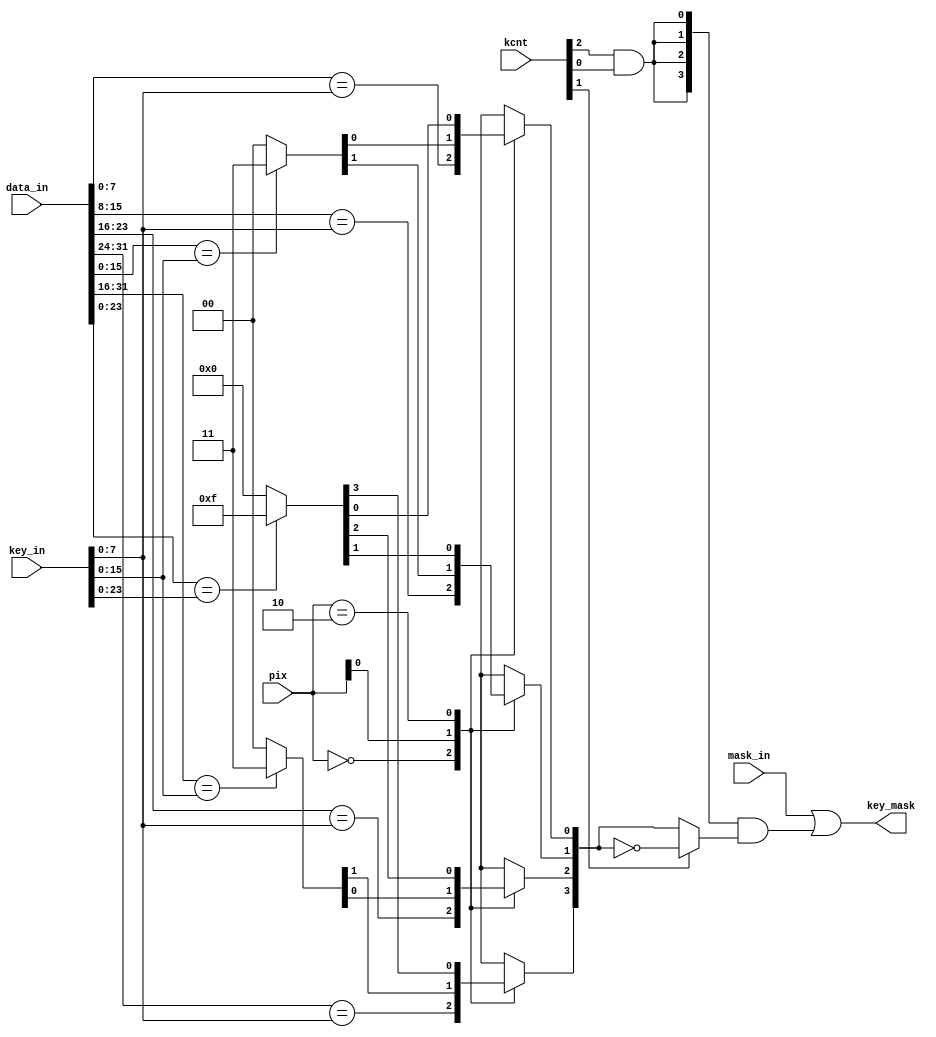
module mc_mff_key
  #(parameter BYTES = 4)
  (
   input [(BYTES*8)-1:0]     	data_in,
   input [31:0]     		key_in,
   input [1:0]      		pix,
   input [2:0]      		kcnt,
   input [BYTES-1:0]         	mask_in,
   output reg [BYTES-1:0] 	key_mask
   );
   reg [BYTES-1:0]	key_mask_tmp1;
   reg [BYTES-1:0]	key_mask_tmp2;
  always @* begin
    casex(pix)
      2'b00: 
      begin
        key_mask_tmp1[0]   = (data_in[7:0]   == key_in[7:0]);
        key_mask_tmp1[1]   = (data_in[15:8]  == key_in[7:0]);
        key_mask_tmp1[2]   = (data_in[23:16] == key_in[7:0]);
        key_mask_tmp1[3]   = (data_in[31:24] == key_in[7:0]);
	if((BYTES == 16) || (BYTES == 8)) begin
        	key_mask_tmp1[4]   = (data_in[39:32] == key_in[7:0]);
        	key_mask_tmp1[5]   = (data_in[47:40] == key_in[7:0]);
        	key_mask_tmp1[6]   = (data_in[55:48] == key_in[7:0]);
        	key_mask_tmp1[7]   = (data_in[63:56] == key_in[7:0]);
	end
	if(BYTES == 16) begin
        	key_mask_tmp1[8]  = (data_in[71:64]   == key_in[7:0]);
        	key_mask_tmp1[9]  = (data_in[79:72]   == key_in[7:0]);
        	key_mask_tmp1[10] = (data_in[87:80]   == key_in[7:0]);
        	key_mask_tmp1[11] = (data_in[95:88]   == key_in[7:0]);
        	key_mask_tmp1[12] = (data_in[103:96]  == key_in[7:0]);
        	key_mask_tmp1[13] = (data_in[111:104] == key_in[7:0]);
        	key_mask_tmp1[14] = (data_in[119:112] == key_in[7:0]);
        	key_mask_tmp1[15] = (data_in[127:120] == key_in[7:0]);
	end
      end
      2'bx1: begin
        key_mask_tmp1[1:0] = (data_in[15:0]  == key_in[15:0]) ? 2'b11 : 2'b00;
        key_mask_tmp1[3:2] = (data_in[31:16] == key_in[15:0]) ? 2'b11 : 2'b00;
	if((BYTES == 16) || (BYTES == 8)) begin
        	key_mask_tmp1[5:4] = (data_in[47:32] == key_in[15:0]) ? 2'b11 : 2'b00;
        	key_mask_tmp1[7:6] = (data_in[63:48] == key_in[15:0]) ? 2'b11 : 2'b00;
	end
	if(BYTES == 16) begin
        	key_mask_tmp1[9:8]   = (data_in[79:64]   == key_in[15:0]) ? 2'b11 : 2'b00;
        	key_mask_tmp1[11:10] = (data_in[95:80]   == key_in[15:0]) ? 2'b11 : 2'b00;
        	key_mask_tmp1[13:12] = (data_in[111:96]  == key_in[15:0]) ? 2'b11 : 2'b00;
        	key_mask_tmp1[15:14] = (data_in[127:112] == key_in[15:0]) ? 2'b11 : 2'b00;
	end
      end
      2'b10: begin
        key_mask_tmp1[3:0] = (data_in[23:0]  == key_in[23:0]) ? 4'b1111 : 4'b0000;
	if((BYTES == 16) || (BYTES == 8)) begin
        	key_mask_tmp1[7:4] = (data_in[55:32]  == key_in[23:0]) ? 4'b1111 : 4'b0000;
	end
	if(BYTES == 16) begin
        	key_mask_tmp1[11:8] = (data_in[87:64]  == key_in[23:0]) ? 4'b1111 : 4'b0000;
        	key_mask_tmp1[15:12] = (data_in[119:96] == key_in[23:0]) ? 4'b1111 : 4'b0000;
	end
      end
      default: begin
        key_mask_tmp1[3:0] = 4'b0000;
	if((BYTES == 16) || (BYTES == 8)) key_mask_tmp1[7:4] = 4'b0000;
	if(BYTES == 16) key_mask_tmp1[15:8] = 8'b00000000;
      end
    endcase 
    key_mask_tmp2 = !kcnt[1] ? key_mask_tmp1 : ~key_mask_tmp1;
   key_mask[3:0]  = mask_in[3:0] | {4{(kcnt[2] & kcnt[0])}} & key_mask_tmp2[3:0];
   if((BYTES == 16) || (BYTES == 8)) key_mask[7:4] = mask_in[7:4] | {4{(kcnt[2] & kcnt[0])}} & key_mask_tmp2[7:4];
   if(BYTES == 16) key_mask[15:8] = mask_in[15:8] | {8{(kcnt[2] & kcnt[0])}} & key_mask_tmp2[15:8];
  end 
endmodule